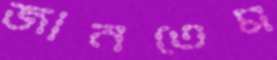
জানতেম